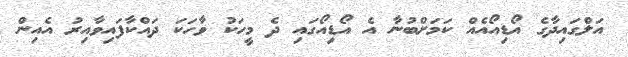
އަލްގައިދާގެ އޯޑިއޯއެއް ކަމަށްބުނާ އެ އޯޑިއޯގައި ދެ މީހަކު ވާހަކަ ދައްކާފައިވާއިރު އެއިން